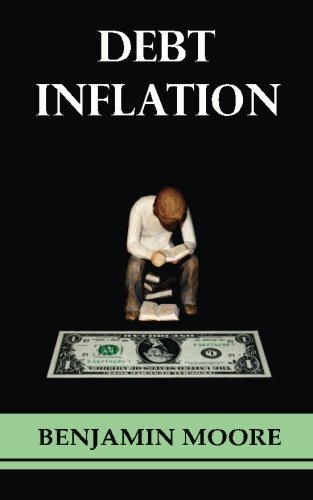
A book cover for Debt Inflation; Benjamin Moore; Business & Money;